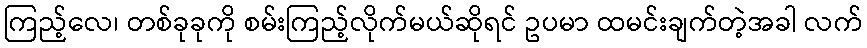
ကြည့်လေ၊ တစ်ခုခုကို စမ်းကြည့်လိုက်မယ်ဆိုရင် ဥပမာ ထမင်းချက်တဲ့အခါ လက်